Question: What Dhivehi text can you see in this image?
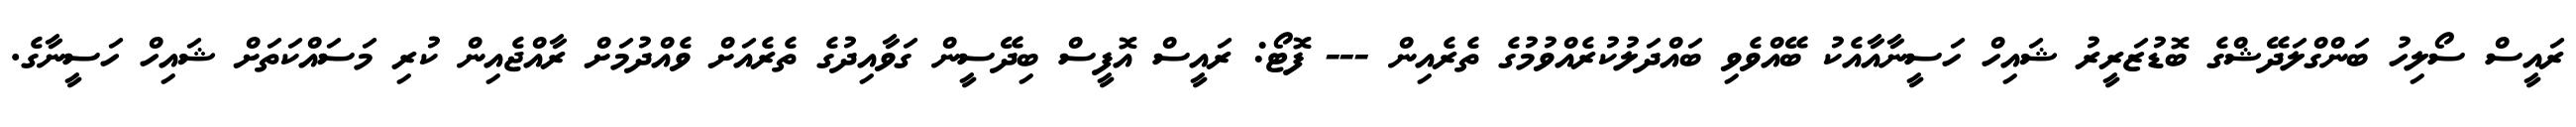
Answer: ރައީސް ސޯލިހު ބަންގްލަދޭޝްގެ ބޮޑުޒަރީރު ޝައިހް ހަސީނާއާއެކު ބޭއްވެވި ބައްދަލުކުރެއްވުމުގެ ތެރެއިން --- ފޮޓޯ: ރައީސް އޮފީސް ބިދޭސީން ގަވާއިދުގެ ތެރެއަށް ވެއްދުމަށް ރާއްޖެއިން ކުރި މަސައްކަތަށް ޝައިހް ހަސީނާގެ.